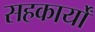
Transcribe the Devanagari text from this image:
सहकार्यों